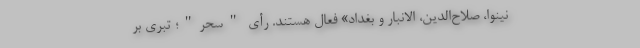
نینوا، صلاح‌الدین، الانبار و بغداد» فعال هستند. رأی "سحر"؛ تبری بر